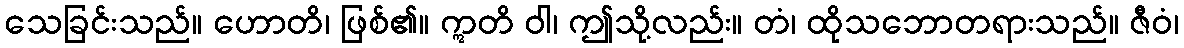
သေခြင်းသည်။ ဟောတိ၊ ဖြစ်၏။ ဣတိ ဝါ၊ ဤသို့လည်း။ တံ၊ ထိုသဘောတရားသည်။ ဇီဝံ၊